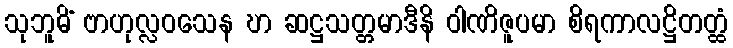
သုဘူမိံ ဗာဟုလ္လဝသေန ဎာ ဆဋ္ဌသတ္တမာဒီနိ ဝါဏိဇူပမာ စိရကာလဋ္ဌိတတ္ထံ